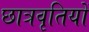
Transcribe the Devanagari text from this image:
छात्रवृतियों